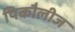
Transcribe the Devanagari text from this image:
पिकौलीज